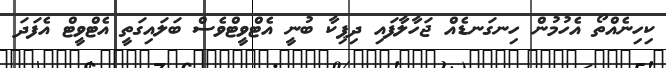
ކިހިނެއްތޯ އެހުމުން ހިނގަނޑެއް ޖަހާލާފައި ދިޕިކާ ބުނީ އެޓްވީޓްވެސް ބަލައިގަތީ އެޓްވީޓް އެފަދަ